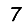
Digit: 7